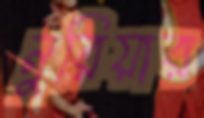
নুরিয়ার